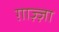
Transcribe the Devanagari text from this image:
ग़ाज़्ज़ा